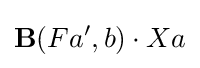
\mathbf {B} (Fa',b)\cdot Xa